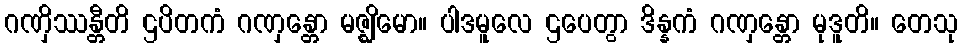
ဂဏှိဿန္တီတိ ဌပိတကံ ဂဏှန္တော မဇ္ဈိမော။ ပါဒမူလေ ဌပေတွာ ဒိန္နကံ ဂဏှန္တော မုဒူတိ။ တေသု